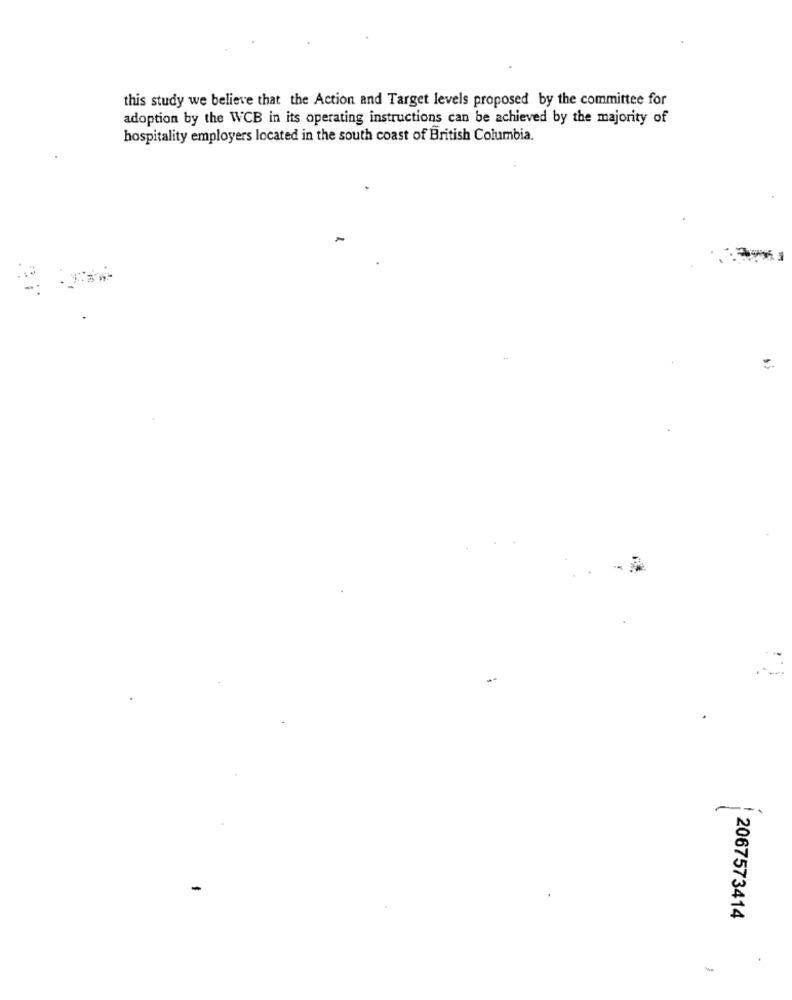
this study we believe that the Action and Target levels proposed by the committee for
adoption by the WCB in its operating instructions can be achieved by the majority of
hospitality employers located in the south coast of British Columbia.
--.
-
2067573414
.
-